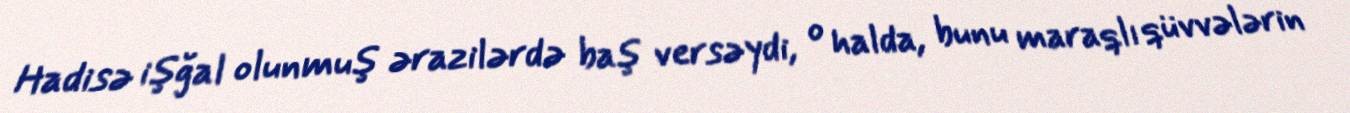
Hadisə işğal olunmuş ərazilərdə baş versəydi, o halda, bunu maraqlı qüvvələrin